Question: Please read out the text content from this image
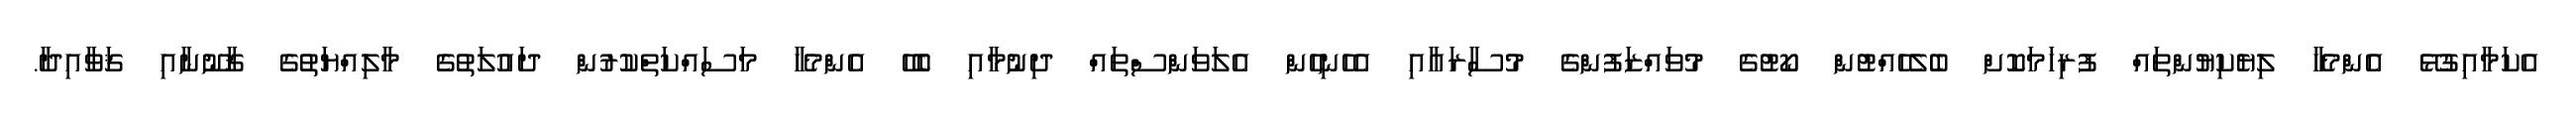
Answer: އެކަމާއިގުޅޭ އެންމެހާ ލިޔެކިޔުންތައް ފުރިހަމަކޮށް ބެލެހެއްޓުން ކޯޓުގެ މުވައްޒަފުންގެ މުސާރައާއި އެހެނިހެން އެލަވަންސްތައް ދިނުމާއި ބެހޭ އެންމެހާ މަސައްކަތްކުރުން ދައުލަތުގެ މާލިއްޔަތުގެ ޤާނޫނާއި ޤަވާއިދާ.